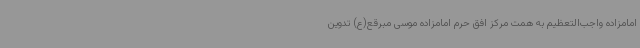
امامزاده واجب‌التعظیم به همت مرکز افق حرم امامزاده موسی مبرقع(ع) تدوین